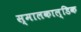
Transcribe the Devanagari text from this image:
स्मालकाल्डिक